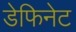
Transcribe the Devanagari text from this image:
डेफिनेट